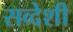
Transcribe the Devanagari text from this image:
सव्देशी